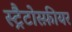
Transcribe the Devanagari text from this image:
स्ट्रैटोस्फ़ीयर